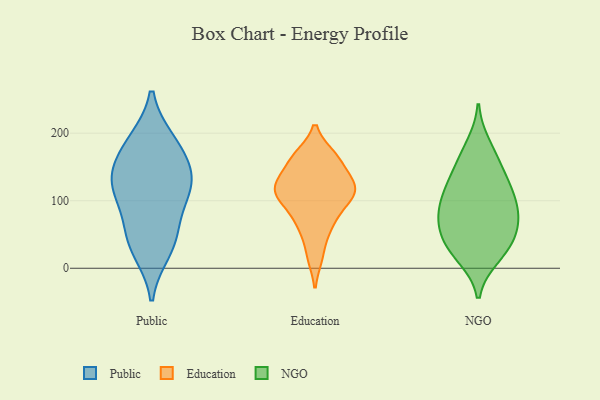
{"axis": {"x": "Bounce Rate (%)", "y": "Value"}, "legend": ["Education", "NGO", "Public"], "data": [{"x": "", "y": 188, "type": "Public"}, {"x": "", "y": 117, "type": "Public"}, {"x": "", "y": 135, "type": "Public"}, {"x": "", "y": 187, "type": "Public"}, {"x": "", "y": 39, "type": "Public"}, {"x": "", "y": 53, "type": "Public"}, {"x": "", "y": 122, "type": "Public"}, {"x": "", "y": 90, "type": "Public"}, {"x": "", "y": 26, "type": "Public"}, {"x": "", "y": 161, "type": "Public"}, {"x": "", "y": 132, "type": "Public"}, {"x": "", "y": 68, "type": "Education"}, {"x": "", "y": 118, "type": "Education"}, {"x": "", "y": 126, "type": "Education"}, {"x": "", "y": 122, "type": "Education"}, {"x": "", "y": 57, "type": "Education"}, {"x": "", "y": 99, "type": "Education"}, {"x": "", "y": 109, "type": "Education"}, {"x": "", "y": 17, "type": "Education"}, {"x": "", "y": 166, "type": "Education"}, {"x": "", "y": 166, "type": "Education"}, {"x": "", "y": 94, "type": "Education"}, {"x": "", "y": 129, "type": "Education"}, {"x": "", "y": 157, "type": "Education"}, {"x": "", "y": 182, "type": "NGO"}, {"x": "", "y": 77, "type": "NGO"}, {"x": "", "y": 24, "type": "NGO"}, {"x": "", "y": 17, "type": "NGO"}, {"x": "", "y": 120, "type": "NGO"}, {"x": "", "y": 93, "type": "NGO"}, {"x": "", "y": 55, "type": "NGO"}, {"x": "", "y": 118, "type": "NGO"}, {"x": "", "y": 64, "type": "NGO"}, {"x": "", "y": 71, "type": "NGO"}, {"x": "", "y": 43, "type": "NGO"}, {"x": "", "y": 92, "type": "NGO"}, {"x": "", "y": 161, "type": "NGO"}, {"x": "", "y": 117, "type": "NGO"}, {"x": "", "y": 149, "type": "NGO"}, {"x": "", "y": 28, "type": "NGO"}]}